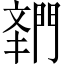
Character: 𬮌